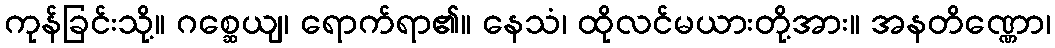
ကုန်ခြင်းသို့။ ဂစ္ဆေယျ၊ ရောက်ရာ၏။ နေသံ၊ ထိုလင်မယားတို့အား။ အနတိဏ္ဏော၊